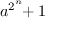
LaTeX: a ^ { 2 ^ { \overset { n } { } } } \! \! + 1